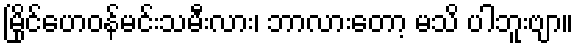
မြိုင်ဟေဝန်မင်းသမီးလား၊ ဘာလားတော့ မသိ ပါဘူးဗျာ။